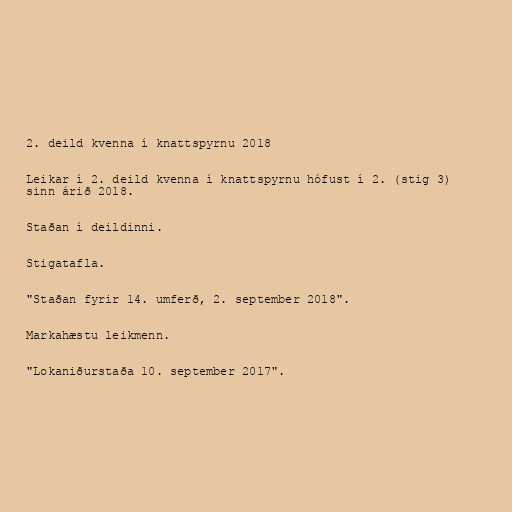
2. deild kvenna í knattspyrnu 2018

Leikar í 2. deild kvenna í knattspyrnu hófust í 2. (stig 3)
sinn árið 2018.

Staðan í deildinni.

Stigatafla.

"Staðan fyrir 14. umferð, 2. september 2018".

Markahæstu leikmenn.

"Lokaniðurstaða 10. september 2017".